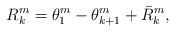
LaTeX: \begin{align*}R_{k}^{m}=\theta_{1}^{m}-\theta_{k+1}^{m}+\bar{R}_{k}^{m}, \end{align*}